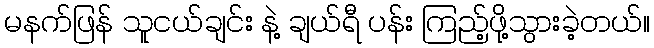
မနက်ဖြန် သူငယ်ချင်း နဲ့ ချယ်ရီ ပန်း ကြည့်ဖို့သွားခဲ့တယ်။